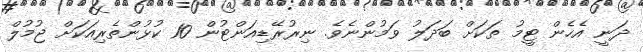
ދަނީ އެހެން ޓީމު ތަކަށް ބަދަލު ވަމުންނެވެ. ނިރުރޭޑިއަންޓުން 10 ކުޅުންތެރިއަކަށް ޖުމުލް